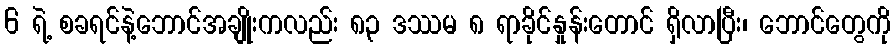
6 ရဲ့ စခရင်နဲ့ဘောင်အချိုးကလည်း ၈၃ ဒဿမ ၈ ရာခိုင်နှုန်းတောင် ရှိလာပြီး၊ ဘောင်တွေကို